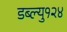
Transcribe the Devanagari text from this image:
डब्ल्यु१२४